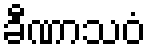
ခီဏာသဝံ